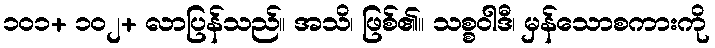
၁၀၁+ ၁၀၂+ လာပြန်သည်။ အသိ၊ ဖြစ်၏။ သစ္စဝါဒီ၊ မှန်သောစကားကို